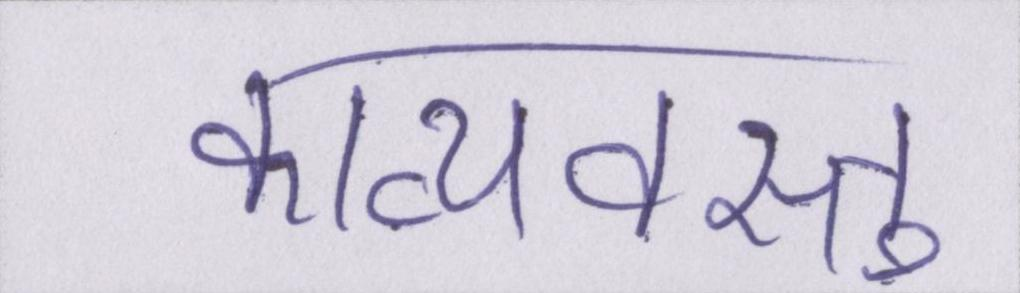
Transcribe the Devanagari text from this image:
काव्यवस्तु